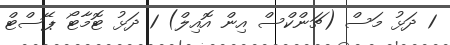
1 ދަޅު މަސް (ޗަންކްސް އިން އޮއިލް) 1 ދަޅު ޓޮމާޓޯ ޕޭސްޓް